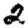
Digit: 2